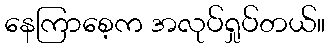
နေကြာစေ့က အလုပ်ရှုပ်တယ်။